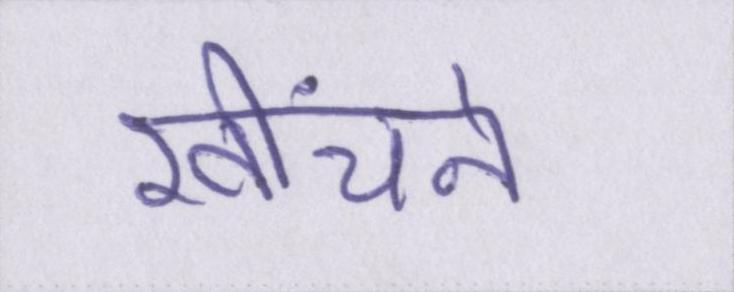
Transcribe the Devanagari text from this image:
खींचने